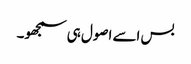
بس اسے اصول ہی سمجھو۔